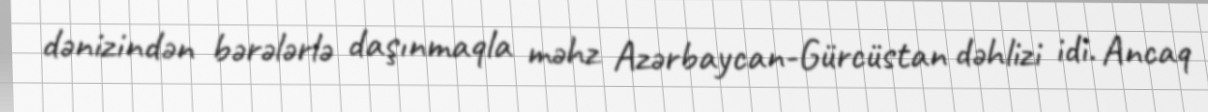
dənizindən bərələrlə daşınmaqla məhz Azərbaycan-Gürcüstan dəhlizi idi. Ancaq